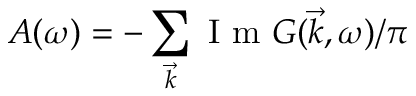
A ( \omega ) = - \sum _ { \vec { k } } \mathrm { ~ I ~ m ~ } G ( \vec { k } , \omega ) / \pi